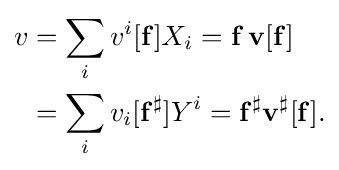
{\begin{aligned}v&=\sum _{i}v^{i}[\mathbf {f} ]X_{i}=\mathbf {f} \,\mathbf {v} [\mathbf {f} ]\\&=\sum _{i}v_{i}[\mathbf {f^{\sharp }} ]Y^{i}=\mathbf {f} ^{\sharp }\mathbf {v} ^{\sharp }[\mathbf {f} ].\end{aligned}}